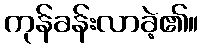
ကုန်ခန်းလာခဲ့၏။